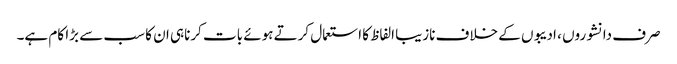
صرف دانشوروں ، ادیبوں کے خلاف نازیبا الفاظ کا استعمال کرتے ہوئے بات کرناہی ان کا سب سے بڑا کام ہے۔